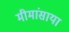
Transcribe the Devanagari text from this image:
मीमांसाया